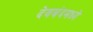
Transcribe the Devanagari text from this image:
देवबंदमध्ये